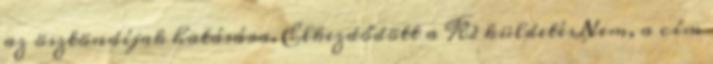
az ösztöndíjak hatására. Elkezdődött a K2 küldetésNem, a cím